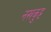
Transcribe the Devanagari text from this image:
नखकुट्ट